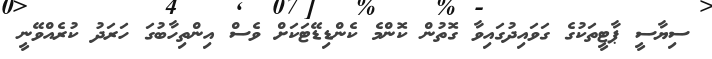
ސިޔާސީ ޕާޓީތަކުގެ ގަވައިދުގައިވާ ގޮތުން ކޮންމެ ކެންޑިޑޭޓަކަށް ވެސް އިންތިހާބުގަ ހަރަދު ކުރެއްވޭނީ